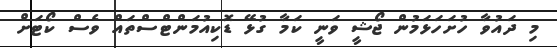
މި ދައުވާ ހުށަހަޅަމުން ޖޯޝީ ވަނީ ކަމާ ގުޅޭ ޑޮކިއުމަންޓްސްތައް ވެސް ކޯޓަށް